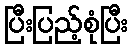
ပြီးပြည့်စုံပြီး